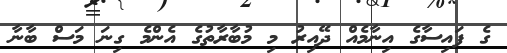
ގެ ފައިސާގެ އިނާމެއް ދޭއިރު މި މުބާރާތުގެ އެންމެ ގިނަ މަސް ބާނާ